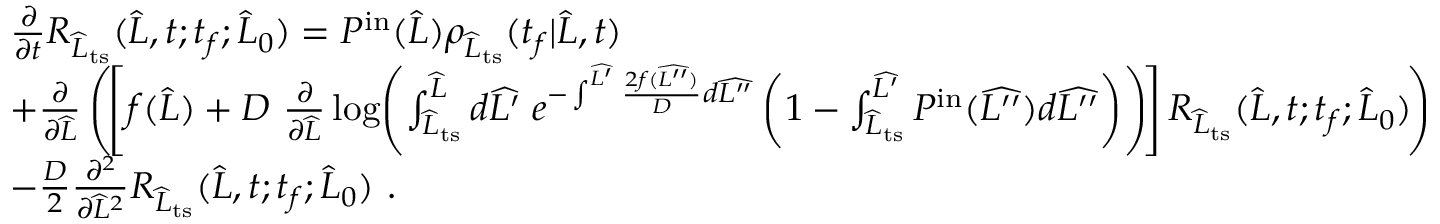
\begin{array} { r l } & { \frac { \partial } { \partial t } R _ { \widehat { L } _ { \mathrm { t s } } } ( \widehat { L } , t ; t _ { f } ; \widehat { L } _ { 0 } ) = P ^ { \mathrm { i n } } ( \widehat { L } ) \rho _ { \widehat { L } _ { \mathrm { t s } } } ( t _ { f } | \widehat { L } , t ) } \\ & { + \frac { \partial } { \partial \widehat { L } } \left( \! \left[ f ( \widehat { L } ) + D \ \frac { \partial } { \partial \widehat { L } } \log \! \left( \int _ { \widehat { L } _ { \mathrm { t s } } } ^ { \widehat { L } } d \widehat { L ^ { \prime } } \; e ^ { - \int ^ { \widehat { L ^ { \prime } } } \frac { 2 f ( \widehat { L ^ { \prime \prime } } ) } { D } d \widehat { L ^ { \prime \prime } } } \left( 1 - \int _ { \widehat { L } _ { \mathrm { t s } } } ^ { \widehat { L ^ { \prime } } } P ^ { \mathrm { i n } } ( \widehat { L ^ { \prime \prime } } ) d \widehat { L ^ { \prime \prime } } \right) \right) \! \right] R _ { \widehat { L } _ { \mathrm { t s } } } ( \widehat { L } , t ; t _ { f } ; \widehat { L } _ { 0 } ) \! \right) } \\ & { - \frac { D } { 2 } \frac { \partial ^ { 2 } } { \partial \widehat { L } ^ { 2 } } R _ { \widehat { L } _ { \mathrm { t s } } } ( \widehat { L } , t ; t _ { f } ; \widehat { L } _ { 0 } ) \ . } \end{array}